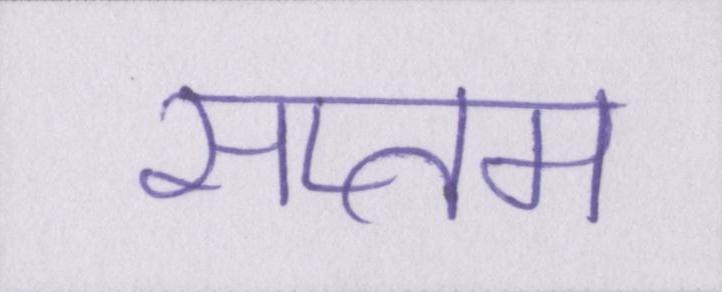
सप्तम